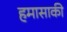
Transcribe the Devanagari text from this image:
हमासाकी